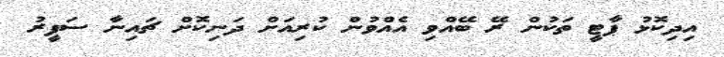
އިދިކޮޅު ޕާޓީ ތަކުން ރޭ ބޭއްވި އެއްވުން ކުރިއަށް ދަނިކޮށް ޗައިނާ ސަފީރު